Report on enteric fever
Disease focus: Fever
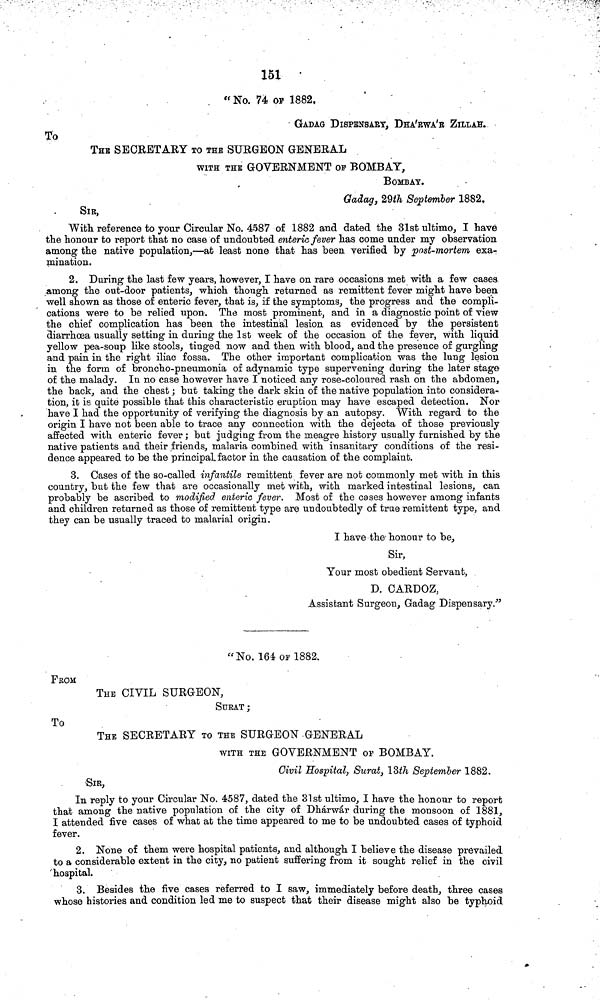
151
"No. 74 OF 1882,
GADAG DISPENSARY, DHA'RWA'R ZILLAH.
To
THE SECRETARY TO THE SURGEON GENERAL
WITH THE GOVERNMENT OF BOMBAY,
BOMBAY.
Gadag, 29th September 1882,
SIR,
With reference to your Circular No. 4587 of 1882 and dated the 31st ultimo, I have
the honour to report that no case of undoubted enteric fever has come under my observation
among the native population,—at least none that has been verified by post-mortem exa-
mination.
2. During the last few years, however, I have on rare occasions met with a few cases
among the out-door patients, which though returned as remittent fever might have been
well shown as those of enteric fever, that is, if the symptoms, the progress and the compli-
cations were to be relied upon. The most prominent, and in a diagnostic point of view
the chief complication has been the intestinal lesion as evidenced by the persistent
diarrhoea usually setting in during the 1st week of the occasion of the fever, with liquid
yellow pea-soup like stools, tinged now and then with blood, and the presence of gurgling
and pain in the right iliac fossa. The other important complication was the lung lesion
in the form of broncho-pneumonia of adynamic type supervening during the later stago
of the malady. In no case however have I noticed any rose-coloured rash on the abdomen,
the back, and the chest; but taking the dark skin of the native population into considera-
tion, it is quite possible that this characteristic eruption may have escaped detection. Nor
have I had the opportunity of verifying the diagnosis by an autopsy. With regard to the
origin I have not been able to trace any connection with the dejecta of those previously
affected with enteric fever ; but judging from the meagre history usually furnished by the
native patients and their friends, malaria combined with insanitary conditions of the resi-
dence appeared to be the principal factor in the causation of the complaint.
3. Cases of the so-called infantile remittent fever are not commonly met with in this
country, but the few that are occasionally met with, with marked intestinal lesions, can
probably be ascribed to modified enteric fever. Most of the cases however among infants
and children returned as those of remittent type are undoubtedly of true remittent type, and
they can be usually traced to malarial origin.
I have the honour to be,
Sir,
Your most obedient Servant,
D. CARDOZ,
Assistant Surgeon, Gadag Dispensary."
"No. 164 OF 1882.
FROM
THE CIVIL SURGEON,
SURAT;
To
THE SECRETARY TO THE SURGEON GENERAL
WITH THE GOVERNMENT OF BOMBAY.
Civil Hospital, Surat, 13th September 1882.
SIR,
In reply to your Circular No. 4587, dated the 31st ultimo, I have the honour to report
that among the native population of the city of Dhárwár during the monsoon of 1881,
I attended five cases of what at the time appeared to me to be undoubted cases of typhoid
fever.
2, None of them were hospital patients, and although I believe the disease prevailed
to a considerable extent in the city, no patient suffering from it sought relief in the civil
hospital.
3. Besides the five cases referred to I saw, immediately before death, three cases
whose histories and condition led me to suspect that their disease might also be typhoid